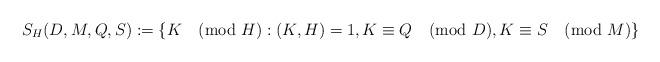
LaTeX: \begin{align*} S_H(D,M, Q, S):= \{ K \pmod H : (K,H)=1 , K\equiv Q \pmod D, K \equiv S \pmod M \}\end{align*}